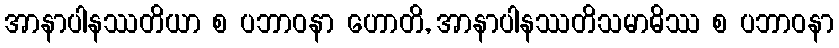
အာနာပါနဿတိယာ စ ပဘာဝနာ ဟောတိ, အာနာပါနဿတိသမာဓိဿ စ ပဘာဝနာ